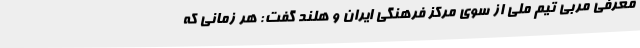
معرفی مربی تیم ملی از سوی مرکز فرهنگی ایران و هلند گفت: هر زمانی که